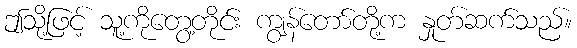
ဤသို့ဖြင့် သူ့ကိုတွေ့တိုင်း ကျွန်တော်တို့က နှုတ်ဆက်သည်။